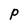
Character: P